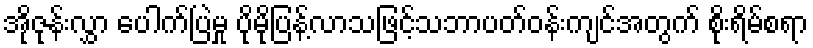
အိုဇုန်းလွှာ ပေါက်ပြဲမှု ပိုမိုပြန့်လာသဖြင့်သဘာပတ်ဝန်းကျင်အတွက် စိုးရိမ်စရာ